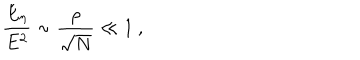
\frac { E _ { \eta } } { E ^ { 2 } } \sim \frac { \rho } { \sqrt { N } } \ll 1 \ ,